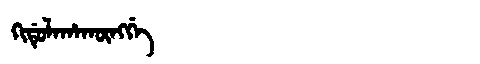
Manchu: ᡴᡳᡩᡠᠯᠠᡥᠠᡴᡡᠩᡤᡝ
Romanization: KIDULAHAKŪNGGE